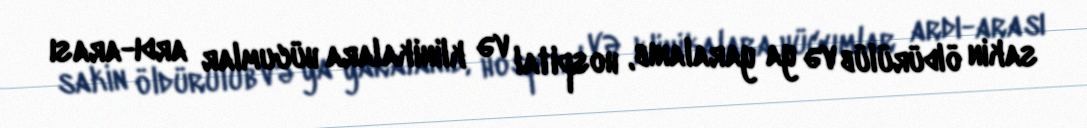
sakin öldürülüb və ya yaralanıb, hospital və klinikalara hücumlar ardı-arası